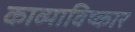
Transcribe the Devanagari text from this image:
काव्याविष्कार